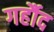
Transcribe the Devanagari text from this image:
गर्हौद